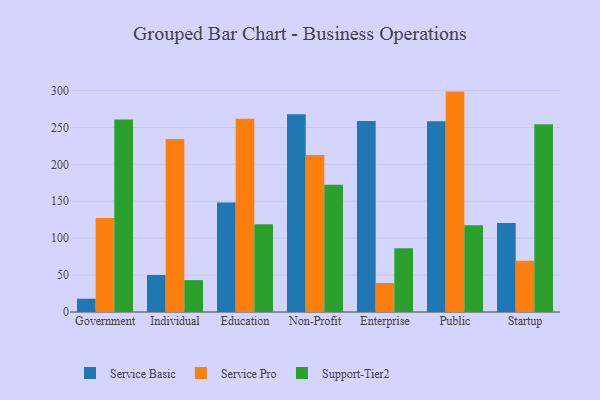
{"axis": {"x": "Segment", "y": "Demand Index"}, "legend": ["Service Basic", "Service Pro", "Support-Tier2"], "data": [{"x": "Government", "y": 18.0, "type": "Service Basic"}, {"x": "Government", "y": 127.4, "type": "Service Pro"}, {"x": "Government", "y": 260.8, "type": "Support-Tier2"}, {"x": "Individual", "y": 50.1, "type": "Service Basic"}, {"x": "Individual", "y": 234.5, "type": "Service Pro"}, {"x": "Individual", "y": 43.2, "type": "Support-Tier2"}, {"x": "Education", "y": 148.4, "type": "Service Basic"}, {"x": "Education", "y": 261.8, "type": "Service Pro"}, {"x": "Education", "y": 118.8, "type": "Support-Tier2"}, {"x": "Non-Profit", "y": 267.8, "type": "Service Basic"}, {"x": "Non-Profit", "y": 212.7, "type": "Service Pro"}, {"x": "Non-Profit", "y": 172.4, "type": "Support-Tier2"}, {"x": "Enterprise", "y": 258.8, "type": "Service Basic"}, {"x": "Enterprise", "y": 39.4, "type": "Service Pro"}, {"x": "Enterprise", "y": 86.2, "type": "Support-Tier2"}, {"x": "Public", "y": 258.4, "type": "Service Basic"}, {"x": "Public", "y": 298.6, "type": "Service Pro"}, {"x": "Public", "y": 117.4, "type": "Support-Tier2"}, {"x": "Startup", "y": 120.7, "type": "Service Basic"}, {"x": "Startup", "y": 69.3, "type": "Service Pro"}, {"x": "Startup", "y": 254.3, "type": "Support-Tier2"}]}